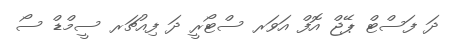
ދަ ފަސްޓް ޕޭޖް އޮފް އަވަރ ސްޓޯރީ ދަ ފިއުޗަރ ސީމްޑް ސޯ